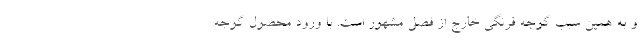
و به همین سبب گوجه فرنگی خارج از فصل مشهور است. با ورود محصول گوجه